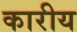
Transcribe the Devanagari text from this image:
कारीय